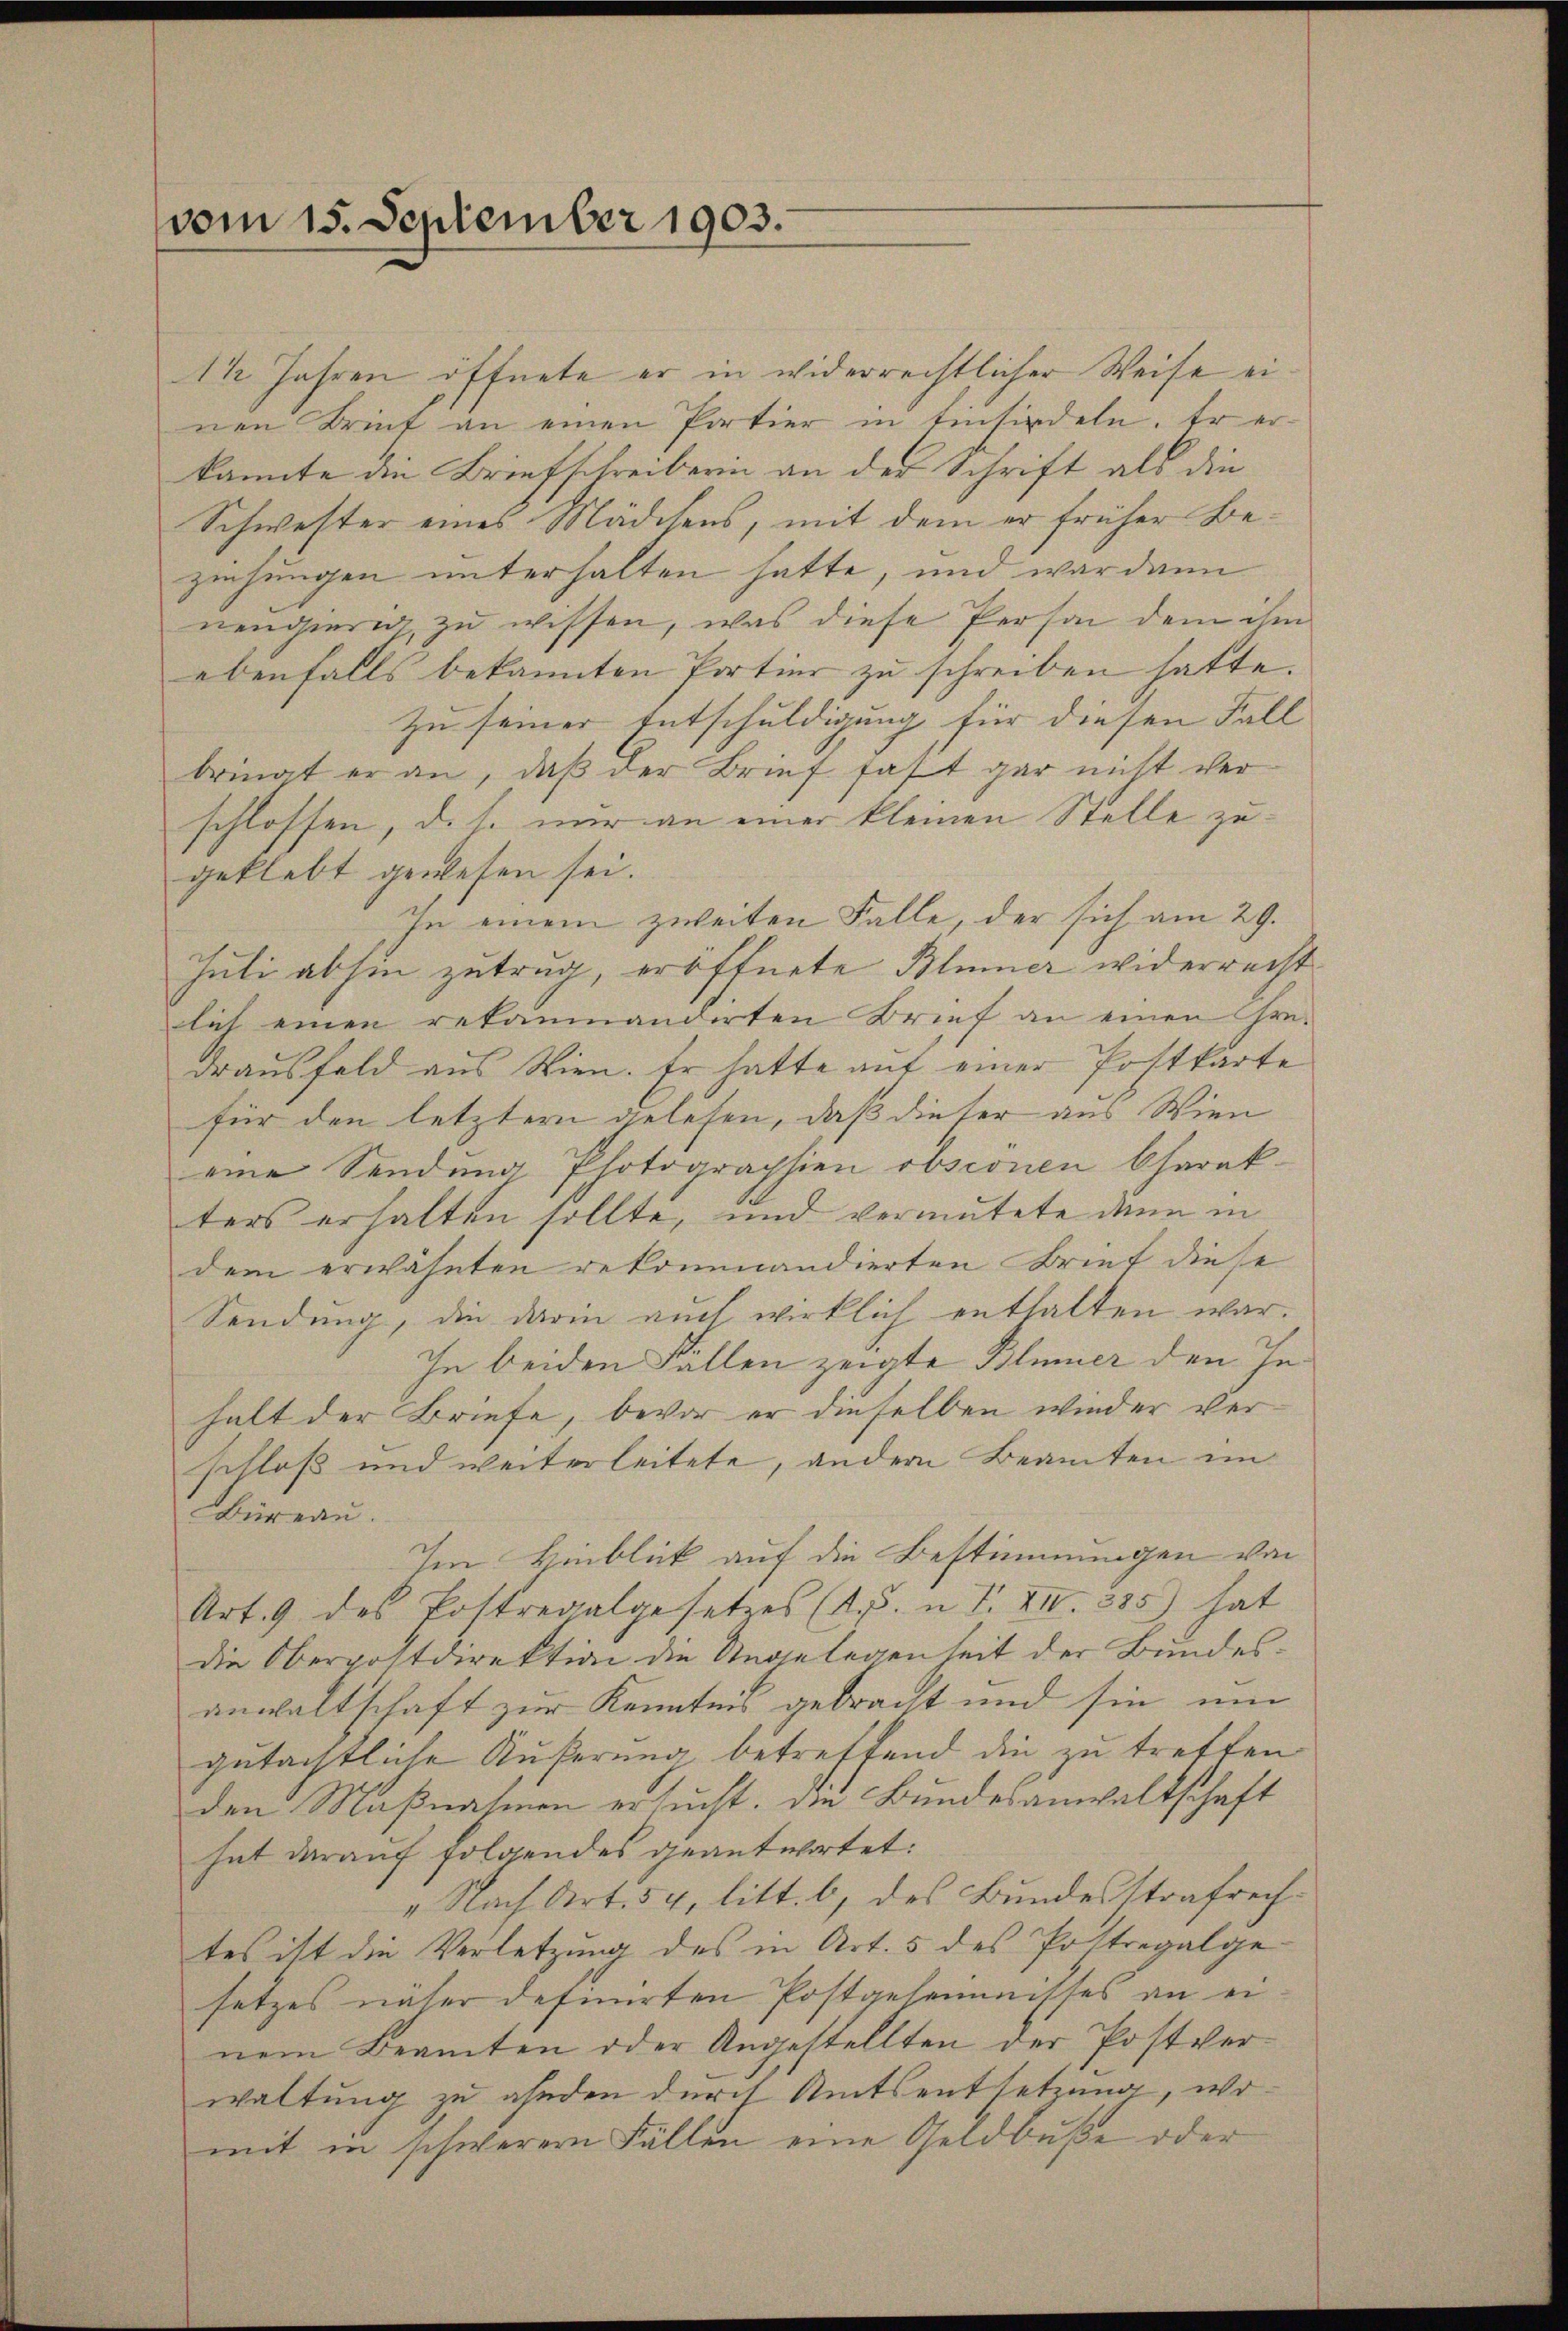
vom 15. September 1903.

1½ Jahren öffnete er in widerrechtlicher Weise einen Brief an einen Portier in Einsiedeln. Er erkannte die Briefschreiberin an der Schrift als die
Schwester eines Mädchens, mit dem er früher Beziehungen unterhalten hatte, und war dann
nengierig, zu wissen, was diese Person dem ihm
ebenfalls bekannten Portier zu schreiben hatte.
zu seiner Entschuldigung für diesen Fall
bringt er an, daß der Brief fast gar nicht ver
schlossen, d.h. nur an einer kleinen Stelle zu
geklebt gewesen sei.
Ihn einem zweiten Falle, der sich am 29.
Juli abhin zutrug, eröffnete Blümer widerrecht
lich einen rekammandirten Brief an einen Hrn.
drausfeld aus Wien. Er hatte auf einer Postkarte
für den letztern gelesen, daß dieser aus Wien
eine Sendung Photographien obszönen Charakters erhalten sollte, und vermutete dann in
dem erwähnten rekommandierten Brief diese
Sendung, die darin auch wirklich enthalten war.
In beiden Fällen zeigte Blümer den Inhalt der Briefe, bevor er dieselben wieder ver¬
Schloß und weiterleitete, andern Beamten im
büreau.
Im Hinblick auf die Bestimmungen von
Art. 9 des Postregalgesetzes (A.. n. F. XII. 385) hat
die Oberpostdirektion die Angelegenheit der Bundesanwaltschaft zur Kenntnis gebracht und sie um
gutächtliche Äußerung betreffend die zu tretten
den Maßnahmen ersucht. Die Bundesanwaltschaft
hat darauf folgendes geantwortet:
„Nach Art. 54, litt. b, des Bundesstrafrechtes ist die Verletzung des in Art. 5 des Pottregalge
setzes näher definirten Postgehenmittes an einem Beamten oder Angestellten der Postverwaltung zu ahnden durch Amtsentsetzung, womit in schwerer Fällen eine Geldbuße oder